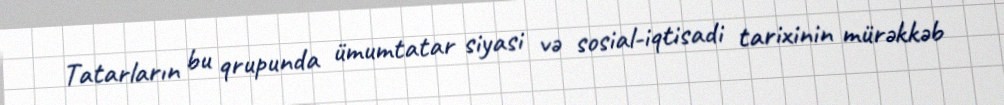
Tatarların bu qrupunda ümumtatar siyasi və sosial-iqtisadi tarixinin mürəkkəb